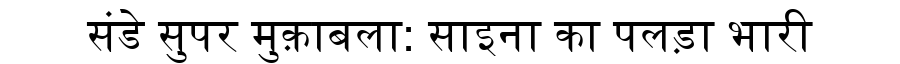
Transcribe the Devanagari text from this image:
संडे सुपर मुक़ाबला: साइना का पलड़ा भारी